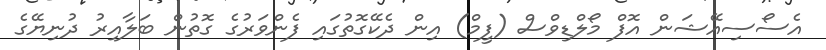
އެސޯސިއޭޝަން އޮފް މޯލްޑިވްސް (ފީމް) އިން ދެކޭގޮތުގައި ފެންވަރުގެ ގޮތުން ބަލާއިރު ދުނިޔޭގެ